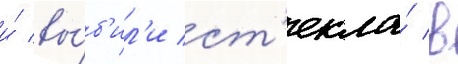
и́ вы́б'ил'и ст'екла́ в